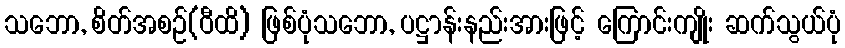
သဘော, စိတ်အစဉ်(ဝီထိ) ဖြစ်ပုံသဘော, ပဋ္ဌာန်းနည်းအားဖြင့် ကြောင်းကျိုး ဆက်သွယ်ပုံ